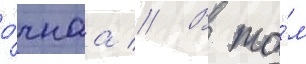
о́чнаа // В то́м